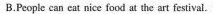
B.Peop!e can eat nice food at the art festival.